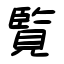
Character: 覧